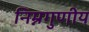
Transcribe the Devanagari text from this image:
निम्नगुणीय